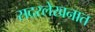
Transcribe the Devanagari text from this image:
सदरलेखनात